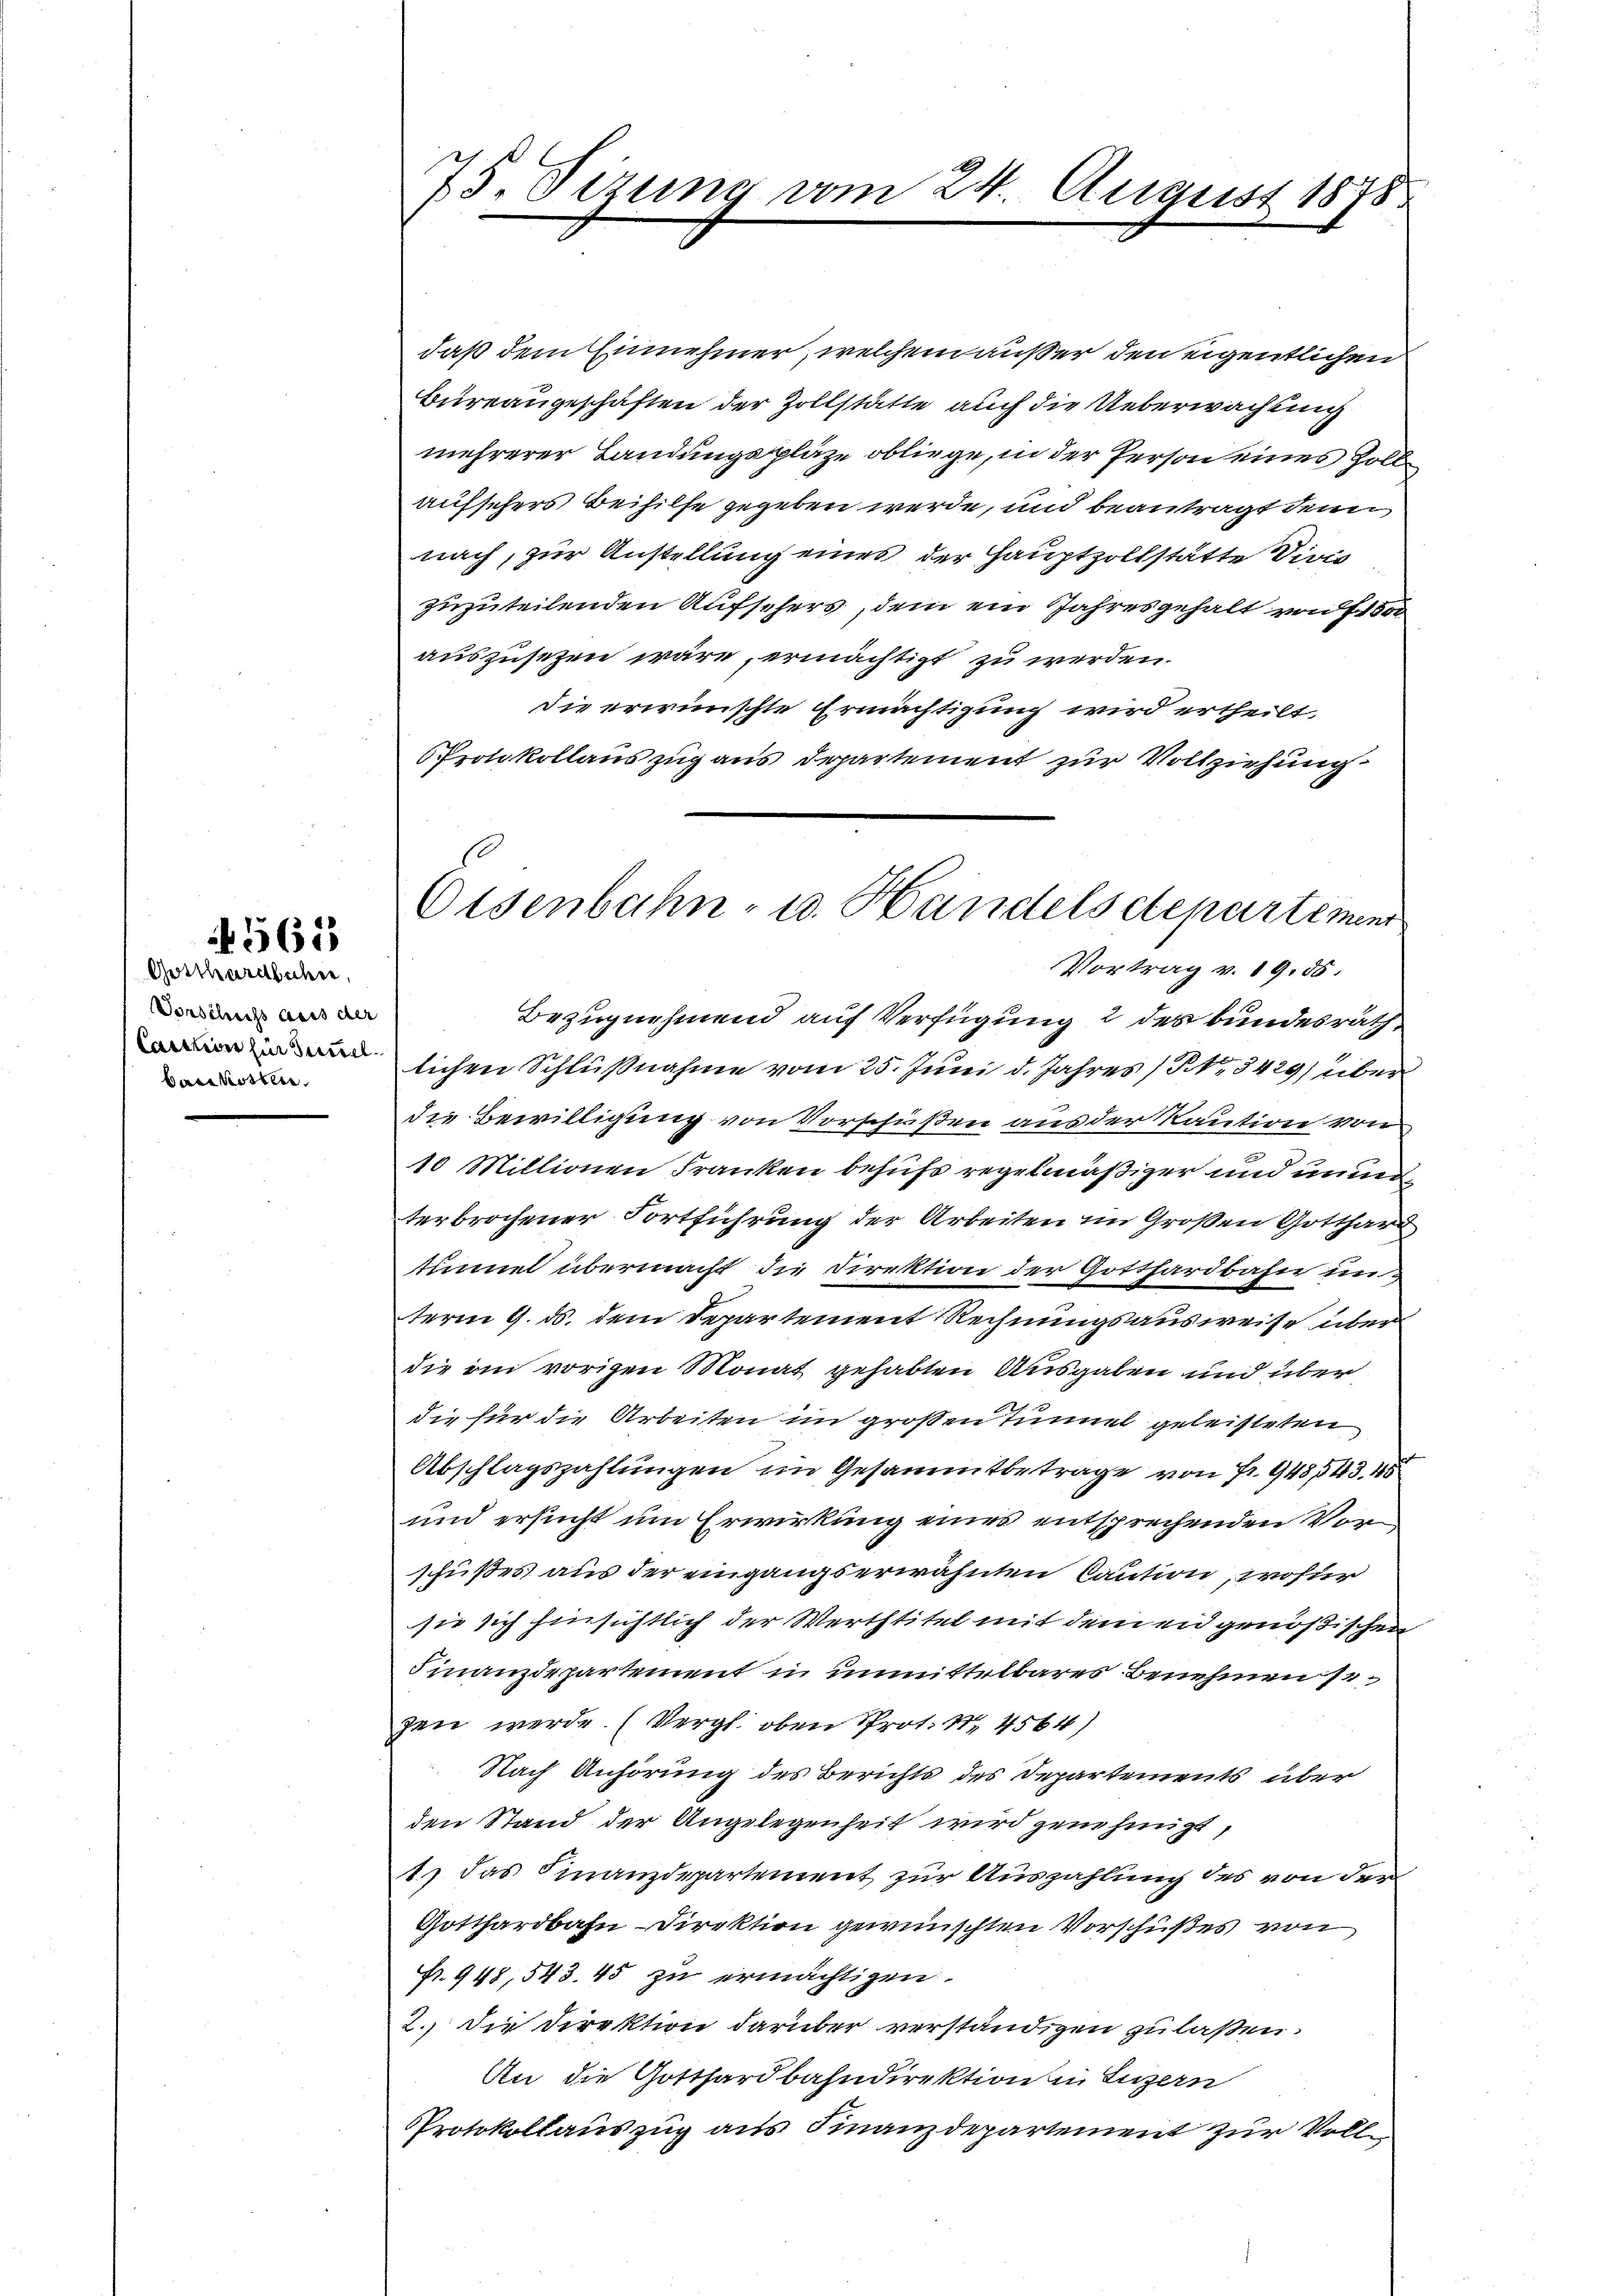
565

Gotthardbahre,
Vorschuss aus der
Caution für Sumel
bairkosten.

75. Sizung vom 24. August 1878

daß dem Einnehmer, welchem außer den eigentlichen
Büreaugeschäften der Zollstätte auch die Ueberwachung
mehrerer Landungsplaze obliege, in der Person eines Zollaufsehers Beihilfe gegeben werde, und beantragt denn
nach, zur Anstellung eines der Hauptzollstätte Direc
zuzuteilenden Aufsehers, dem ein Jahresgehalt von 7000
auszusezen wäre, ermächtigt zu werden.
die erwünschte Ermächtigung wird ertheilt.
Protokollauszug aus Departement zur Vollziehung
Bezugnehmend auf Verfügung 2 des bundesrath
lichen Schlußnahme vom 25. Juni d. Jahres (S. 3429/ über
die Bewilligung von Vorschüßen aus der Kaution von
10 Millionen Franken behufs regelmäßiger und unm
terbrochener Fortführung der Arbeiten im Großen Gotthard
tümmel übermacht, die Direktion der Gotthardbahn unterm 9. ds. dem Departement Rechnungsausweise überdie im vorigen Monat gehabten Ausgaben und über
die für die Arbeiten im großen Tunnel geleisteten
Abschlagszahlungen im Gesammtbetrage von Fr. 948543. 45
und ersucht um Erwirkung eines entsprechenden Vorschußes aus der eingangserwähnten Caution, wofür
sie sich hinsichtlich der Werthtitel mit dem en genößischen
Finanzdepartement in unmittelbares Benehmen sozen werde. (Vergl. oben Prot. N. 4564)
Nach Anhörung des Berichts des Departements über
den Stand der Angelegenheit wird genehmigt,
1.) Das Finanzdepartement zur Auszahlung des von der
Gotthardbahn-Direktion gewünschten Vorschußes von
fr. 948, 543. 45 zu ermächtigen.
2. Die Direktion darüber verständigen zu laßen.
An die Gotthardbahndirektion in Luzern
Protokollauszug aus Finanzdepartement zur Voll¬

Osenbahn- u. Handels departement
Vortrag v. 19. 55.